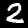
Label: 2